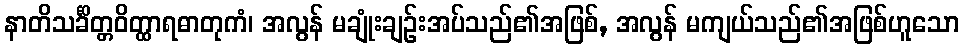
နာတိသင်္ခိတ္တဝိတ္ထာရဓာတုကံ၊ အလွန် မချုံးချဉ်းအပ်သည်၏အဖြစ်, အလွန် မကျယ်သည်၏အဖြစ်ဟူသော